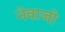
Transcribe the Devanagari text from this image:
नेवाजो